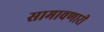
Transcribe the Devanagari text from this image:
सामावणारी